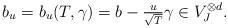
LaTeX: \begin{align*} b_u =b_u(T,\gamma)=b-\tfrac{u}{\sqrt{T}}\gamma \in V_J^{\otimes d}.\end{align*}